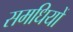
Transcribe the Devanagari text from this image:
समधियों